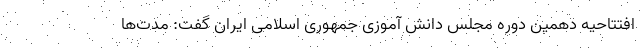
افتتاحیه دهمین دوره مجلس دانش آموزی جمهوری اسلامی ایران گفت: مدت‌ها